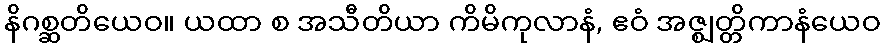
နိဂစ္ဆတိယေဝ။ ယထာ စ အသီတိယာ ကိမိကုလာနံ, ဧဝံ အဇ္ဈတ္တိကာနံယေဝ